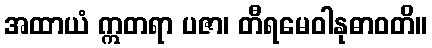
အထာယံ ဣတရာ ပဇာ၊ တီရမေဝါနုဓာဝတိ။